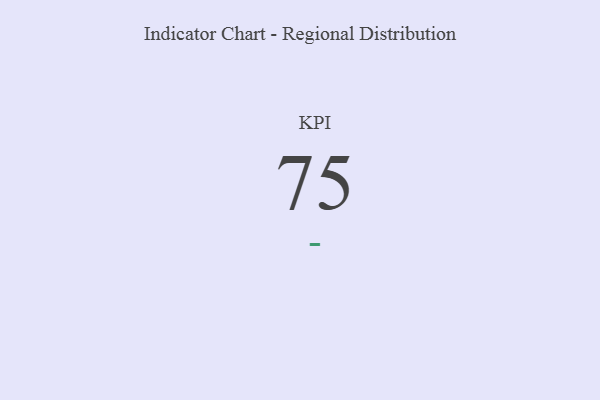
{"axis": {"x": "KPI", "y": "Value"}, "legend": [""], "data": [{"x": "KPI", "y": 75, "type": ""}]}